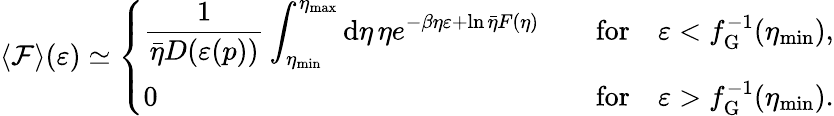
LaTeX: \langle\mathcal{F}\rangle(\varepsilon)\simeq\left\{ \begin{array}{ll}{\displaystyle\frac{1}{\bar{\eta}D(\varepsilon(p))}\int_{\eta_{\mathrm{min}}}^{\eta_{\mathrm{max}}}\mathrm{d}\eta\, \eta e^{-\beta\eta\varepsilon+\ln\bar{\eta}F(\eta)}\quad}&{\mathrm{for}\quad\varepsilon<f_{\mathrm{G}}^{-1}(\eta_{\mathrm{min}}),}\\ {0\quad}&{\mathrm{for}\quad\varepsilon>f_{\mathrm{G}}^{-1}(\eta_{\mathrm{min}}).}\end{array}\right.